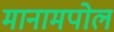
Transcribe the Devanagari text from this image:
मानामपोल